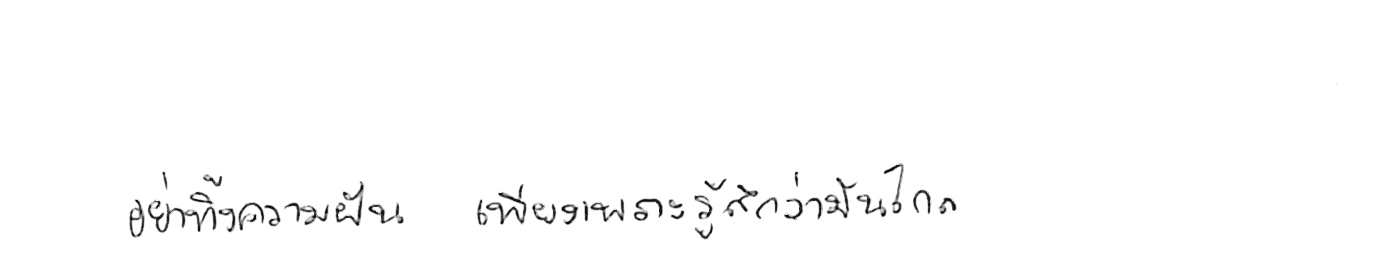
อย่าทิ้งความฝัน เพียงเพราะรู้สึกว่ามันไกล